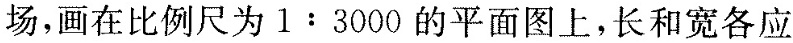
场，画在比例尺为1:3000的平面图上，长和宽各应